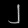
Digit: ၂